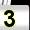
Digit: 3